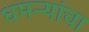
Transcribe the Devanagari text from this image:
धमन्यांचा